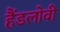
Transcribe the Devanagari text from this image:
हैंडलोवी